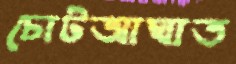
চোটআঘাত